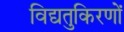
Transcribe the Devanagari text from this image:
विद्यतुकिरणों